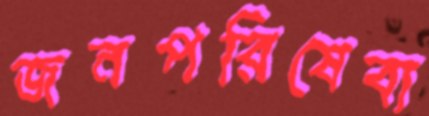
জনপরিষেবা